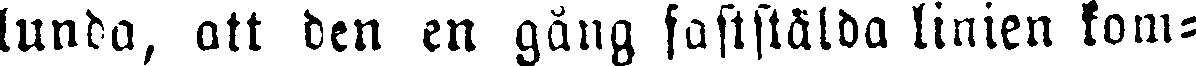
lunda, att den en gång faststälda linien kom-